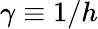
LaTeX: \gamma\equiv 1/h